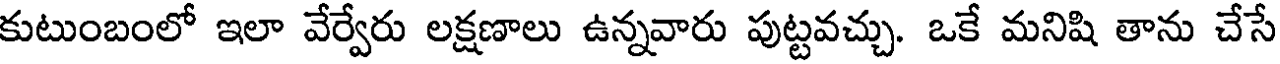
కుటుంబంలో ఇలా వేర్వేరు లక్షణాలు ఉన్నవారు పుట్టవచ్చు. ఒకే మనిషి తాను చేసే